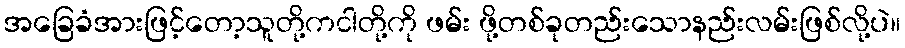
အခြေခံအားဖြင့်တော့သူတို့ကငါတို့ကို ဖမ်း ဖို့တစ်ခုတည်းသောနည်းလမ်းဖြစ်လို့ပဲ။